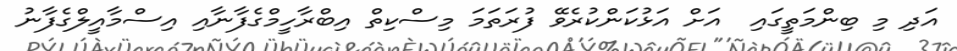
އަދި މި ބިންމަތީގައި  އަށް އަޅުކަންކުރެވޭ ފުރަތަމަ މިސްކިތް އިބްރާހީމްގެފާނާއި އިސްމާއީލްގެފާނު